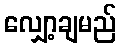
လျှော့ချမည်